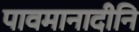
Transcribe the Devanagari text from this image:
पावमानादीनि